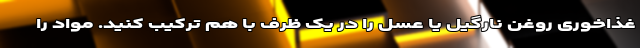
غذاخوری روغن نارگیل یا عسل را در یک ظرف با هم ترکیب کنید. مواد را